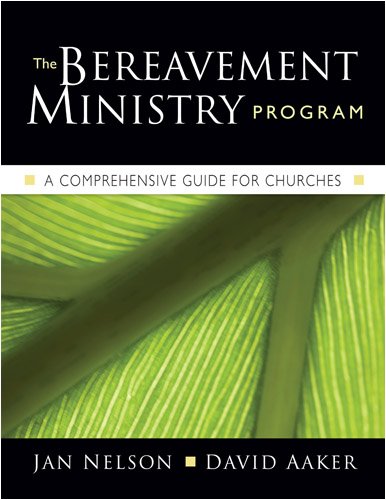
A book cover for The Bereavement Ministry Program: A Comprehensive Guide for Churches; Jan Nelson; Christian Books & Bibles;